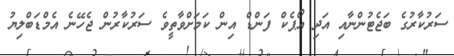
ސަރުކާރުގެ ބަޖެޓުންނާއި އަދި އޯޕެކް ފަންޑް އިން ކަމަށްވާތީވެ ސަރުކާރުން ޖެހޭނެ އެމްޑަބްލިޔު